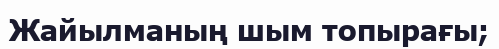
Жайылманың шым топырағы;